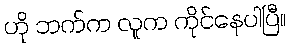
ဟို ဘက်က လူက ကိုင်နေပါပြီ။